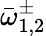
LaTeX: \bar{\omega}_{1,2}^{\pm}